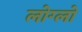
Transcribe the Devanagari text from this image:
लोग्लो